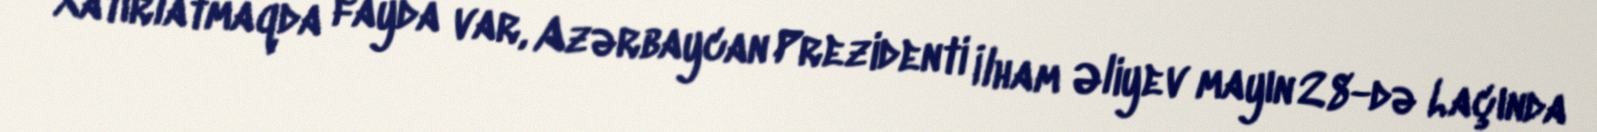
Xatırlatmaqda fayda var, Azərbaycan Prezidenti İlham Əliyev mayın 28-də Laçında